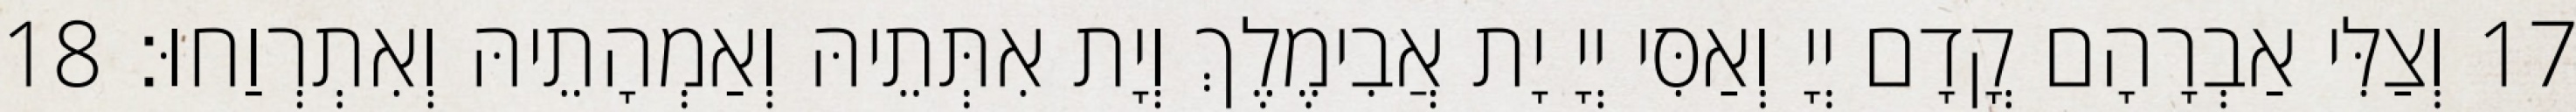
17 וְצַלִּי אַבְרָהָם קֳדָם יְיָ וְאַסִּי יְיָ יָת אֲבִימֶלֶךְ וְיָת אִתְּתֵיהּ וְאַמְהָתֵיהּ וְאִתְרְוַחוּ׃ 18